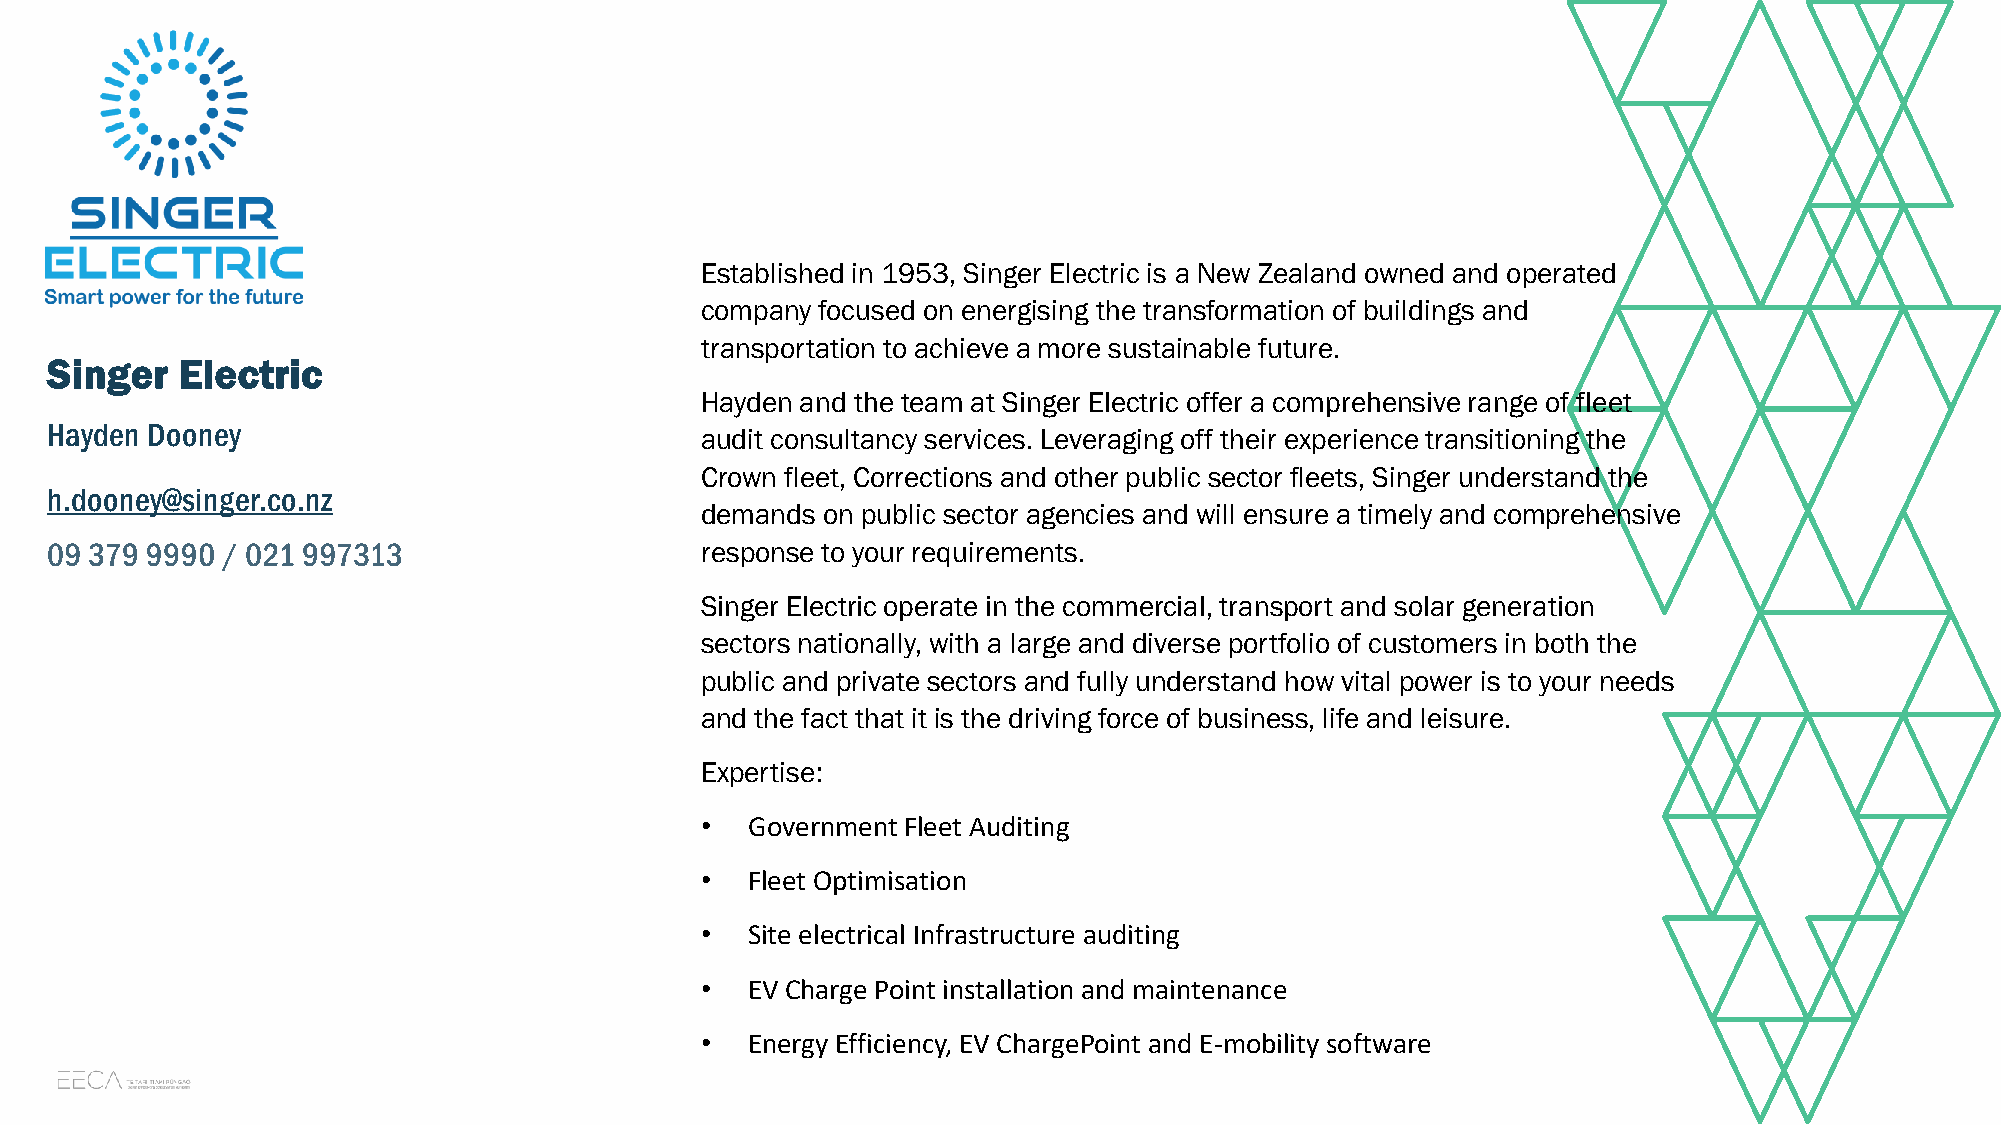
Established in 1953, Singer Electric is a New Zealand owned and operated
 company focused on energising the transformation of buildings and
 transportation to achieve a more sustainable future.
 Singer   Electric
 Hayden and the team at Singer Electric offer a comprehensive range of fleet
 Hayden Dooney
 audit consultancy services. Leveraging off their experience transitioning the
 Crown fleet, Corrections and other public sector fleets, Singer understand the
 h.dooney@singer.co.nz
 demands on public sector agencies and will ensure a timely and comprehensive
 response to your requirements.
 Singer Electric operate in the commercial, transport and solar generation
 sectors nationally, with a large and diverse portfolio of customers in both the
 public and private sectors and fully understand how vital power is to your needs
 and the fact that it is the driving force of business, life and leisure.
 Expertise:
 •   Government Fleet Auditing
 •   Fleet Optimisation
 •   Site electrical Infrastructure auditing
 •   EV Charge Point installation and maintenance
 •   Energy Efficiency, EV ChargePoint and E-mobility software